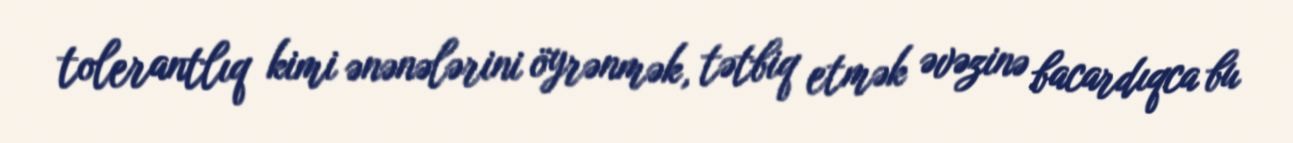
tolerantlıq kimi ənənələrini öyrənmək, tətbiq etmək əvəzinə bacardıqca bu